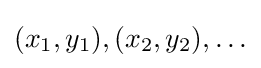
(x_{1},y_{1}),(x_{2},y_{2}),\ldots